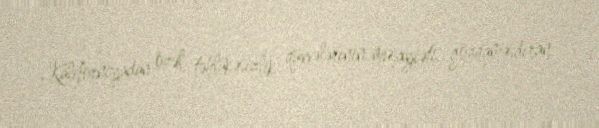
Kaliforniyadan özəl təhlükəsizlik qüvvələrinin müşayiəti, gözqamaşdıran